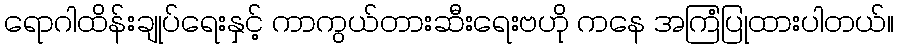
ရောဂါထိန်းချုပ်ရေးနှင့် ကာကွယ်တားဆီးရေးဗဟို ကနေ အကြံပြုထားပါတယ်။